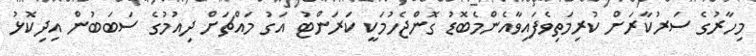
މިހާރުގެ ސަރުކާރަށް ކުރިމަތިވެފައިވާއެންމެބޮޑު ގޮންޖެހުމަކީ ކަރަންޓު އަގު މައްޗަށް ދިއުމުގެ ސަބަބުން އިދިކޮޅު